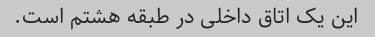
این یک اتاق داخلی در طبقه هشتم است.